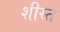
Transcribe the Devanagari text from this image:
शीस्त